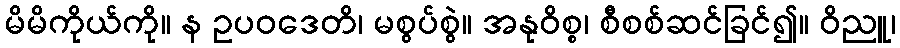
မိမိကိုယ်ကို။ န ဥပဝဒေတိ၊ မစွပ်စွဲ။ အနုဝိစ္စ၊ စီစစ်ဆင်ခြင်၍။ ဝိညူ၊